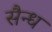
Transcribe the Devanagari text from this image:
सैन्ध